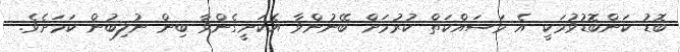
ބޮޑު ކަންބޮޑުވުމަކީ އެ މަސައްކަތް ކުރުމަށް ބޭނުންވާ އެކަށީގެންވާ ބިން ނުލިބުން ކަމަށެވެ.